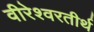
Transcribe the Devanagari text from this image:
वीरेश्वरतीर्थ